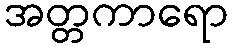
အတ္တကာရော